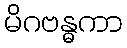
မိဂဗန္ဓကာ